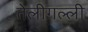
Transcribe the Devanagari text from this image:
तेलीगल्ली